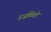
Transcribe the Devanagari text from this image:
उजळितो